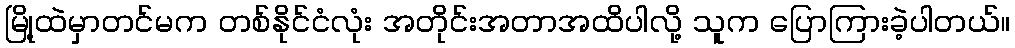
မြို့ထဲမှာတင်မက တစ်နိုင်ငံလုံး အတိုင်းအတာအထိပါလို့ သူက ပြောကြားခဲ့ပါတယ်။